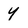
Character: y